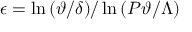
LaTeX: \epsilon = \ln { ( \vartheta / \delta ) } / \ln { ( P \vartheta / \Lambda ) }